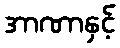
အာဏာနှင့်